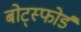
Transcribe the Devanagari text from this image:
बोट्स्फोर्ड